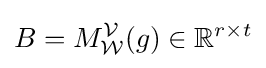
B=M_{\mathcal {W}}^{\mathcal {V}}(g)\in \mathbb {R} ^{r\times t}